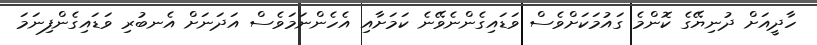
ހާދީއަށް ދުނިޔޭގެ ކޮންމެ ގައުމަކަށްވެސް ވަޑައިގެންނެވޭނެ ކަމަށާއި އެހެންނަމަވެސް އަދަނަށް އެނބުރި ވަޑައިގެންފިނަމަ